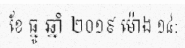
ខែ ធ្នូ ឆ្នាំ ២០១៩ ម៉ោង ១៤: